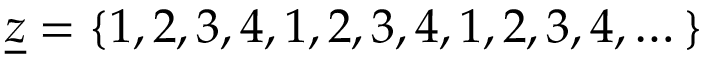
\underline { { z } } = \{ 1 , 2 , 3 , 4 , 1 , 2 , 3 , 4 , 1 , 2 , 3 , 4 , \dots \}